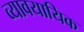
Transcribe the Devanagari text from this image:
व्‍यावयायिक